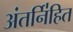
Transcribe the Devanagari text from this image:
अंतर्नि॑हित